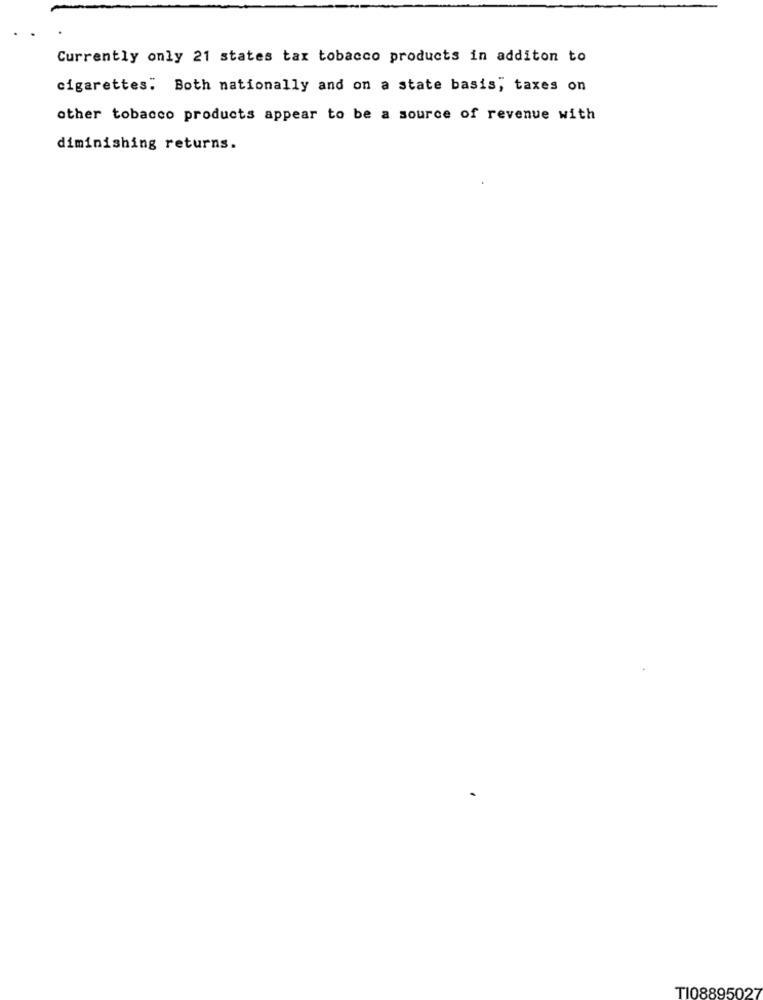
Currently only 21 states tax tobacco products in additon to
cigarettes. Both nationally and on a state basis; taxes on
other tobacco products appear to be a source of revenue with
diminishing returns.
TI08895027